Vaccination United Provinces of Agra and Oudh 1914-1922 - 1914-1922
Year: 1914
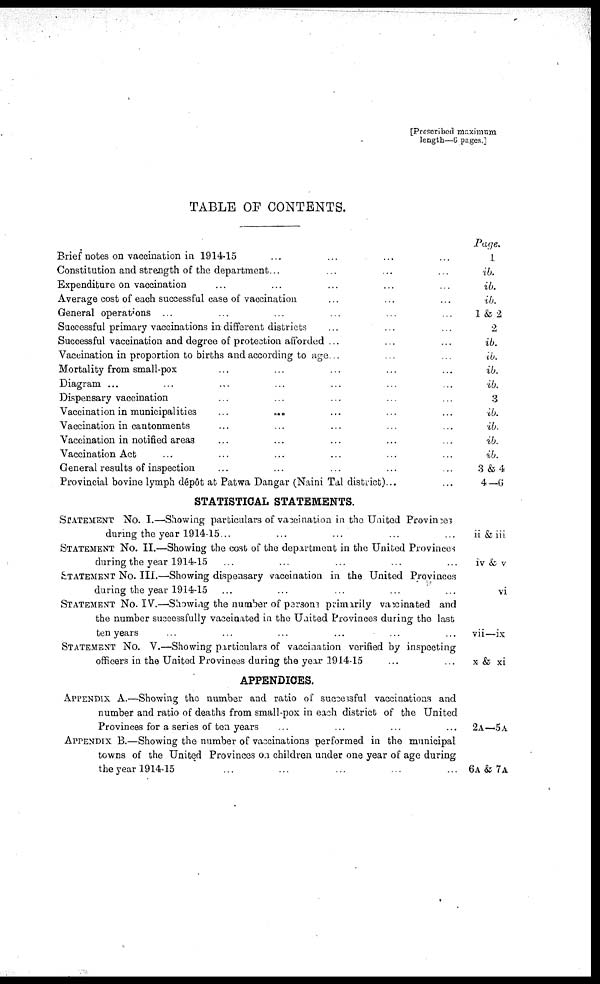
[Prescribed maximum
length—6 pages.]
TABLE OF CONTENTS.
Brief notes on vaccination in 1914-15 ... ... ... ...
Constitution and strength of the department... ... ... ...
Expenditure on vaccination ... ... ... ... ...
Average cost of each successful case of vaccination ... ... ...
General operations ... ... ... ... ... ...
Successful primary vaccinations in different districts ... ... ...
Successful vaccination and degree of protection afforded ... ... ...
Vaccination in proportion to births and according to age... ... ...
Mortality from small-pox ... ... ... ... ...
Diagram ... ... ... ... ... ... ...
Dispensary vaccination ... ... ... ... ...
Vaccination in municipalities
...
... ... ... ...
Vaccination in cantonments ... ... ... ... ...
Vaccination in notified areas ... ... ... ... ...
Vaccination Act ... ... ... ... ... ...
General results of inspection ... ... ... ... ...
Provincial bovine lymph dépôt at Patwa Dangar (Naini Tal district)...
STATISTICAL STATEMENTS.
STATEMENT No. I.—Showing particulars of vaccination in the United Provinces
during the year 1914-15... ... ... ... ...
STATEMENT No. II.—Showing the cost of the department in the United Provinces
during the year 1914-15 ... ... ... ... ...
STATEMENT No. III.—Showing dispensary vaccination in the United Provinces
during the year 1914-15 ... ... ... ... ...
STATEMENT No. IV.—Showing the number of persons primarily vaccinated and
the number successfully vaccinated in the United Provinces during the last
ten years
...
...
...
...
... ...
STATEMENT No. V.—Showing particulars of vaccination verified by inspecting
officers in the United Provinces during the year 1914-15 ... ...
APPENDICES.
APPENDIX A.—Showing the number and ratio of successful vaccinations and
number and ratio of deaths from small-pox in each district of the United
Provinces for a series of ten years ... ... ... ...
APPENDIX B.—Showing the number of vaccinations performed in the municipal
towns of the United Provinces on children under one year of age during
the year 1914-15 ... ... ... ... ...
Page.
1
ib.
ib.
ib.
1 & 2
2
ib.
ib.
ib.
ib.
3
ib.
ib.
ib.
ib.
3 &4
4—6
ii & iii.
iv & v
vi
vii—ix
x & xi
2A—5A
6A & 7A